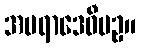
အမရာဒေဝီပဥှ။